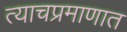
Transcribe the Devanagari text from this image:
त्याचप्रमाणात